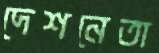
দেশনেতা